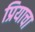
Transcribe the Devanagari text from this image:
प्रियाचा